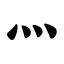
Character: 灬